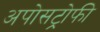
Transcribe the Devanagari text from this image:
अपोसट्रोफी